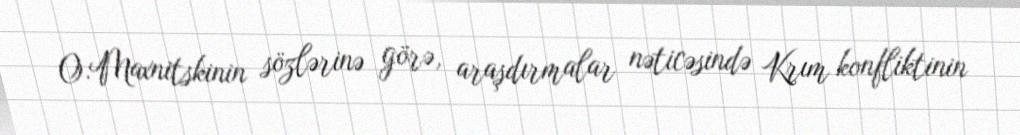
O.Maxnitskinin sözlərinə görə, araşdırmalar nəticəsində Krım konfliktinin